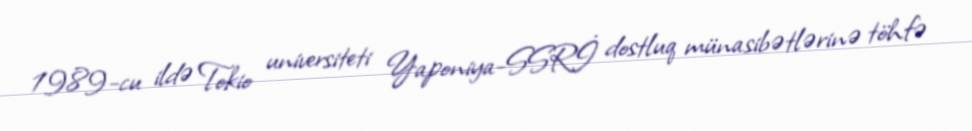
1989-cu ildə Tokio universiteti Yaponiya-SSRİ dostluq münasibətlərinə töhfə